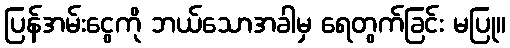
ပြန်အမ်းငွေကို ဘယ်သောအခါမှ ရေတွက်ခြင်း မပြု။